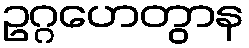
ဥဂ္ဂဟေတွာန